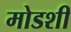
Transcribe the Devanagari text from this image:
मोडशी